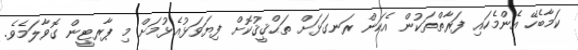
ކަމާބެހޭ އެންމެހައި ފަރާތްތަކުން އެކަން ރަނގަޅަށް ތަޙްޤީޤުކޮށް ފިޔަވަޅުއެޅުމަށް މި ޕާރޓީން ގޮވާލަމެވެ.